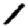
Digit: 1